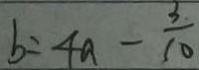
b = 4 a - \frac { 3 } { 1 0 }